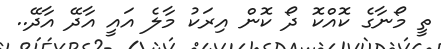
ތީ މޯނާގެ ކޮއްކޮ ދޯ ކޮން އިރަކު މާލެ އައީ އާދޭ އާދޭ..